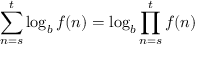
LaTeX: \sum _ { n = s } ^ { t } \log _ { b } f ( n ) = \log _ { b } \prod _ { n = s } ^ { t } f ( n ) \quad